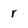
Character: r